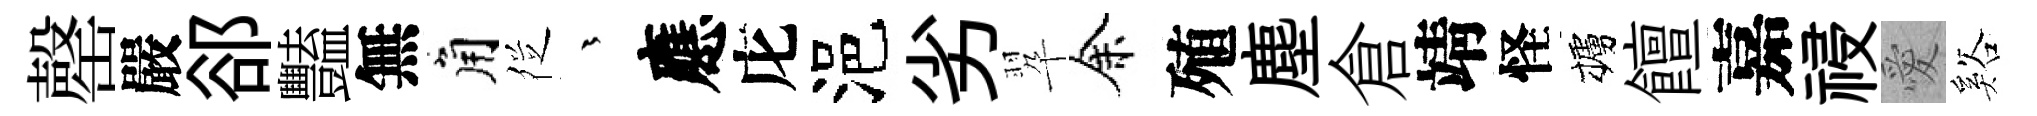
罄嚴郤豔無角徔茫應庀浥劣翆余殖塵倉靖怪櫨饘嘉祲愛谿